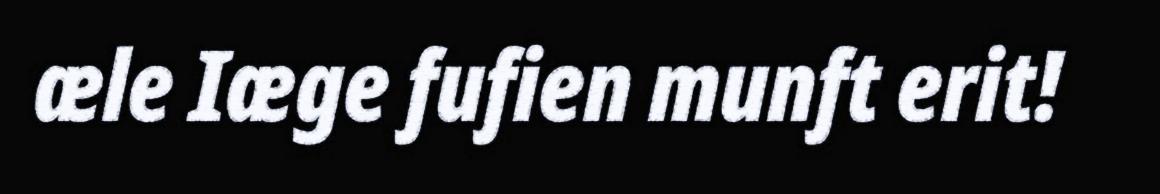
æle Iæge fufien munft erit!